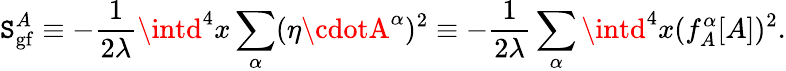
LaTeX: \mathtt{S}_{\mathrm{{gf}}}^{A}\equiv-{\frac{{1}}{{2\lambda}}}\intd^{4}x\sum_{\alpha}(\eta\cdotA^{\alpha})^{2}\equiv-{\frac{{1}}{{2\lambda}}}\sum_{\alpha}\intd^{4}x(f_{A}^{\alpha}[A])^{2}.